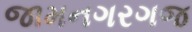
જામનગરગજ